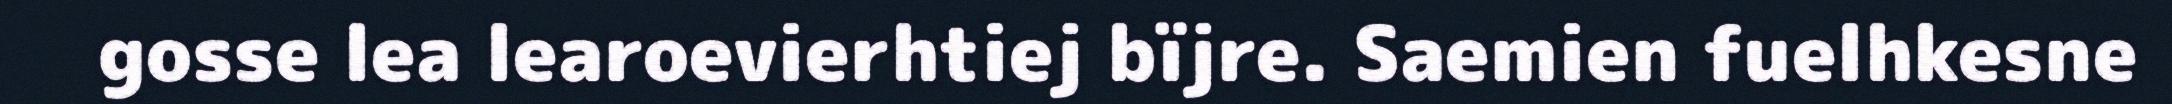
gosse lea learoevierhtiej bïjre. Saemien fuelhkesne